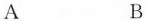
A B